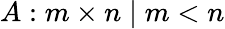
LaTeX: A:m\times n\mid m<n